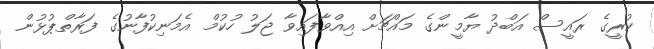
ކުރީގެ ރައީސް އަބްދު ޔާމީންގެ މައްޗަށް އިއްވާފައިވާ ޖަލު ހުކުމް އެމަނިކުފާނުގެ ފަރާތްޕުޅުން